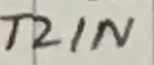
Text: T2IN